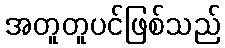
အတူတူပင်ဖြစ်သည်